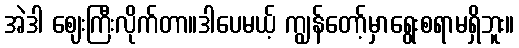
အဲဒါ ဈေးကြီးလိုက်တာ။ဒါပေမယ့် ကျွန်တော့်မှာရွေးစရာမရှိဘူး။